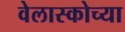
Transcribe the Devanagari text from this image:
वेलास्कोच्या